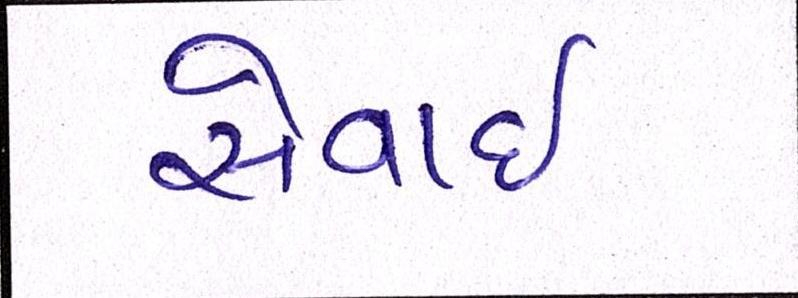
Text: સેવાઇ